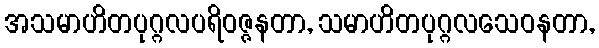
အသမာဟိတပုဂ္ဂလပရိဝဇ္ဇနတာ, သမာဟိတပုဂ္ဂလသေဝနတာ,